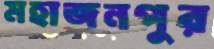
মহাজনপুর